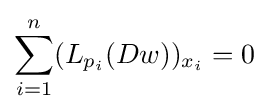
\sum \limits _{i=1}^{n}(L_{p_{i}}(Dw))_{x_{i}}=0